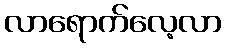
လာရောက်လေ့လာ